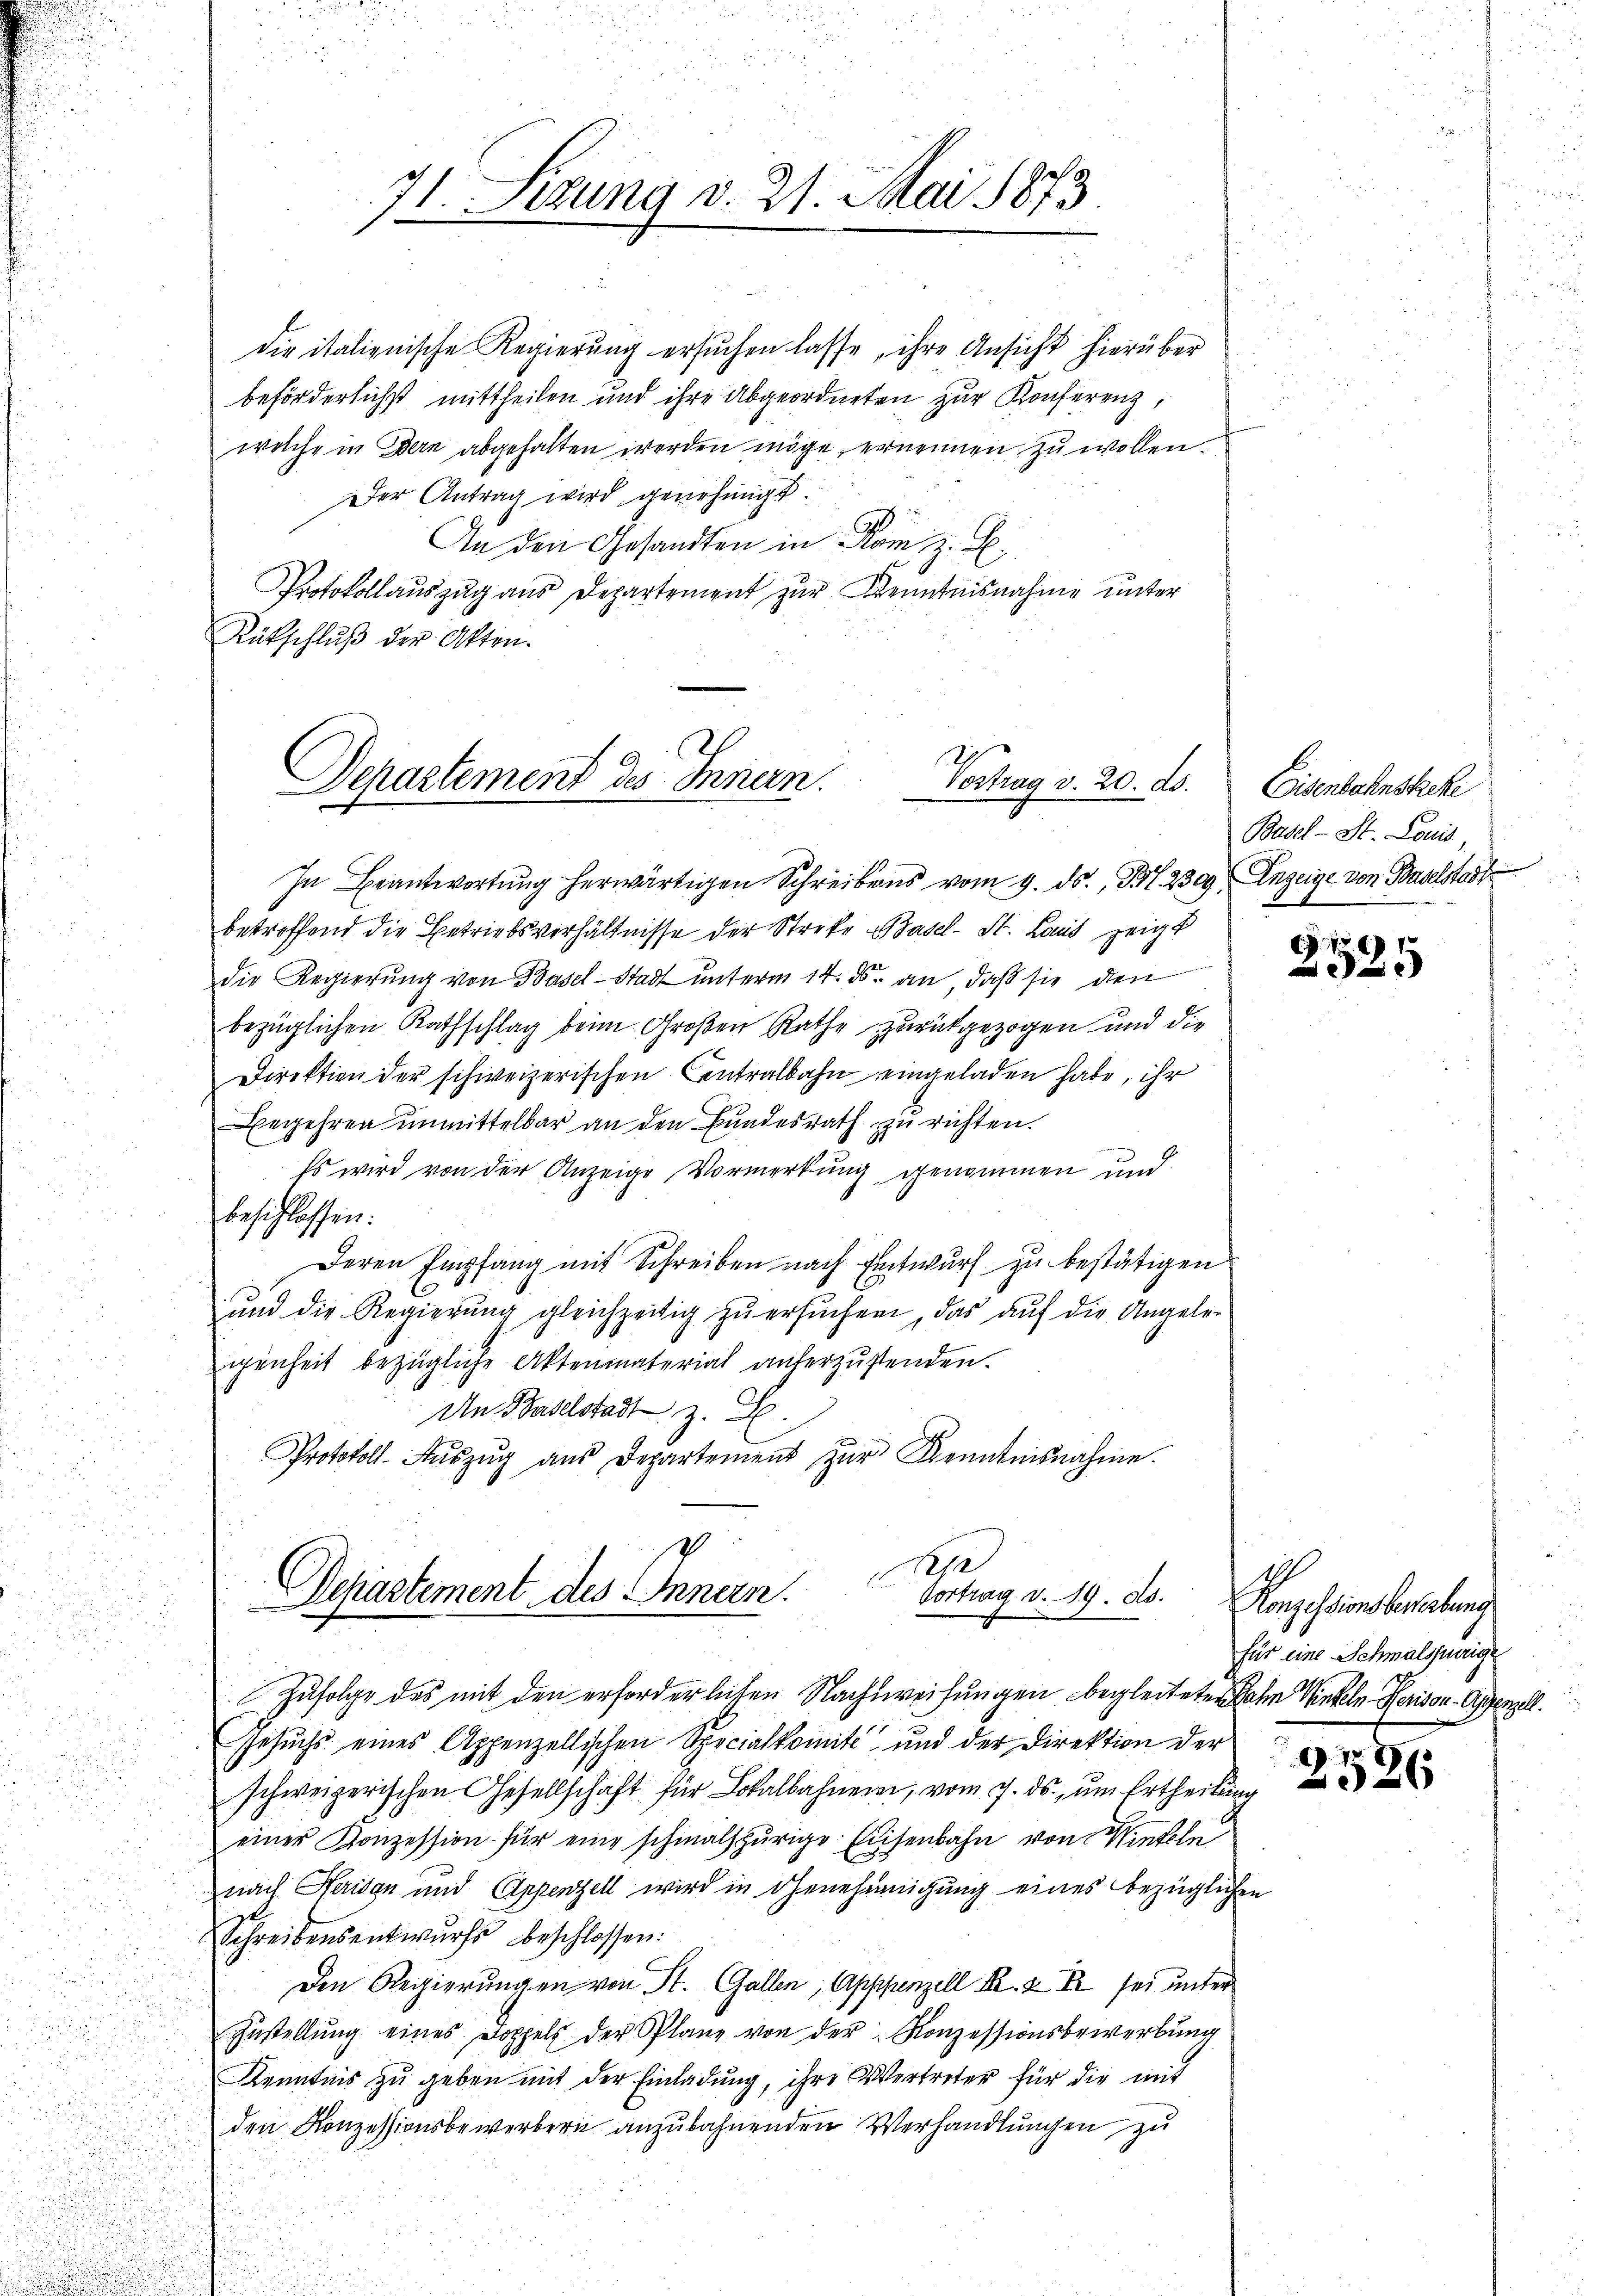
71. Sezung v. 21. Mai 1873.

die italienische Regierung ersŭchen lasse, ihre Ansicht hierüber
beförderlichst mittheilen und ihre Abgeordneten zur Konferenz,
welche in Bern abgehalten werden möge, ernennen zu wollen.
Der Antrag wird genehmigt.
An den Gesandten in Rom z. B.
Protokollauszug aus Departement zur Kenntnisnahme unter
Rütschluß der Akten.

Departement des Innern.
Vortrag v. 20. ds.

In Beantwortung herwärtigen Schreibens vom 9. ds., Nr. 2309 Anzeige von Baselstadt
betreffend die Betriebsverhältnisse der Streke Basel-St. Land zeigt
die Regierung von Basel-Stadt unterm 14. ds. an, daß sie den
bezüglichen Rathschlag beim Großen Rathe zurückgezogen und die
Direktion der schweizerischen Centralbahn eingeladen habe, ihr
Begehren unmittelbar an den Bundesrath zu richten.
Es wird von der Anzeige Vormerkung genommen und
beschlossen:
Deren Empfang mit Schreiben nach Entwurf zu bestätigen
ŭnd die Regierŭng gleichzeitig zŭ ersŭchen, das aŭf die Angele-
ienheit bezügliche Aktenmaterial anherzŭstenden.
An Baselstadt z. B.
Protokoll- Aŭszŭg aŭs Departement zŭr Kenntnisnahme.

Spe
Departement des Innern.
Vortrag v. 19. ds.

Eisenbahnstreke
Basel-St. Louis,

Zufolge des mit den erforderlichen Nachweisungen begleiteten Jahre Winteln Person Appenzell.
Gesuchs eines Appenzellischen Specialkomité“ und der Direktion der
schweizerischen Gesellschaft für Lokalbahner, vom 7. ds., um Ertheilung
einer Konzession für eine schmalspurige Eisenbahn von Winteln
nach Heridan und Appenzell wird in Genehmigung eines bezüglichen
Schreibensentwurfs beschlossen:
Den Regierungen von St. Gallen, Apppenzell III 2 S. sei unter
Zustellung eines Doppels der Planz von der Konzessionsbewerbung
Kenntnis zu geben mit der Einladung, ihre Vertreter für die mit
den Konzessionsbewerbern anzubahnenden Verhandlungen zu

.
325

Konzessionsbererbung
für eine Schmalspurige

or
26